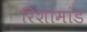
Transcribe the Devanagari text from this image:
रिशामांड